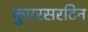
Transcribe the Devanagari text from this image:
कुएरसरटिन